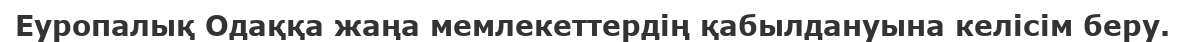
Еуропалық Одаққа жаңа мемлекеттердің қабылдануына келісім беру.